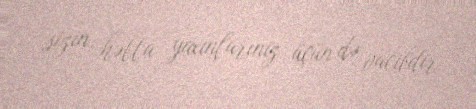
sizin, hətta yaxınlarınız üçün də vacibdir.